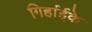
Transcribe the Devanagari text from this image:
गिर्हाईके